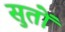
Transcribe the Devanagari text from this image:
सुतों